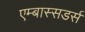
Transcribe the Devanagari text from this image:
एम्बास्सडर्स